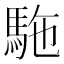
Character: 駞